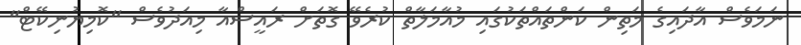
ނަމަވެސް އާދައިގެ މަތިން ކަންތައްތަކުގައި މުއާމަލާތް ކުރެވޭ ގޮތަށް ރައީސްއާ މިއަދުވެސް "ކޮމިޔުނިކޭޓް"